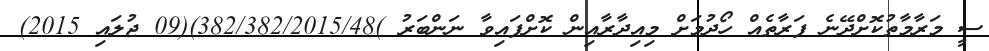
ސީ މަރާމާތުކޮށްދޭނެ ފަރާތެއް ހޯދުމަށް މިއިދާރާއިން ކޮށްފައިވާ ނަންބަރު )382/382/2015/48)(09 ޖުލައި 2015)